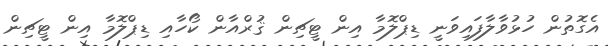
އެގޮތުން ހުޅުވާލާފައިވަނީ ޑިޕްލޮމާ އިން ޓީޗިން ޤުރްއާން ކޯހާއި ޑިޕްލޮމާ އިން ޓީޗިން